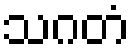
သဂတံ